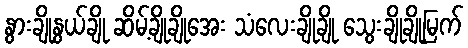
နွားချိုနွယ်ချို ဆိမ့်ချိုချိုအေး သံလေးချိုချို သွေးချိုချိုမြက်